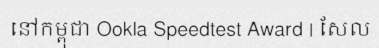
នៅកម្ពុជា Ookla Speedtest Award | សែល